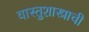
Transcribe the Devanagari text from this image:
वास्तुशास्त्राची